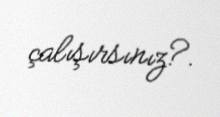
çalışırsınız?.